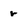
Character: r